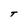
Character: T